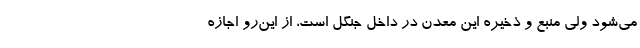
می‌شود ولی منبع و ذخیره این معدن در داخل جنگل است، از این‌رو اجازه